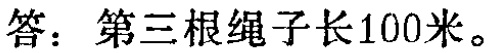
答：第三根绳子长100米。